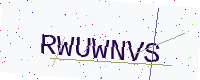
Text: RWUWNVS